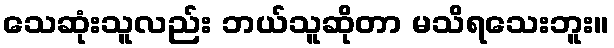
သေဆုံးသူလည်း ဘယ်သူဆိုတာ မသိရသေးဘူး။